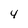
Character: 4